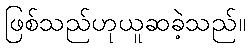
ဖြစ်သည်ဟုယူဆခဲ့သည်။